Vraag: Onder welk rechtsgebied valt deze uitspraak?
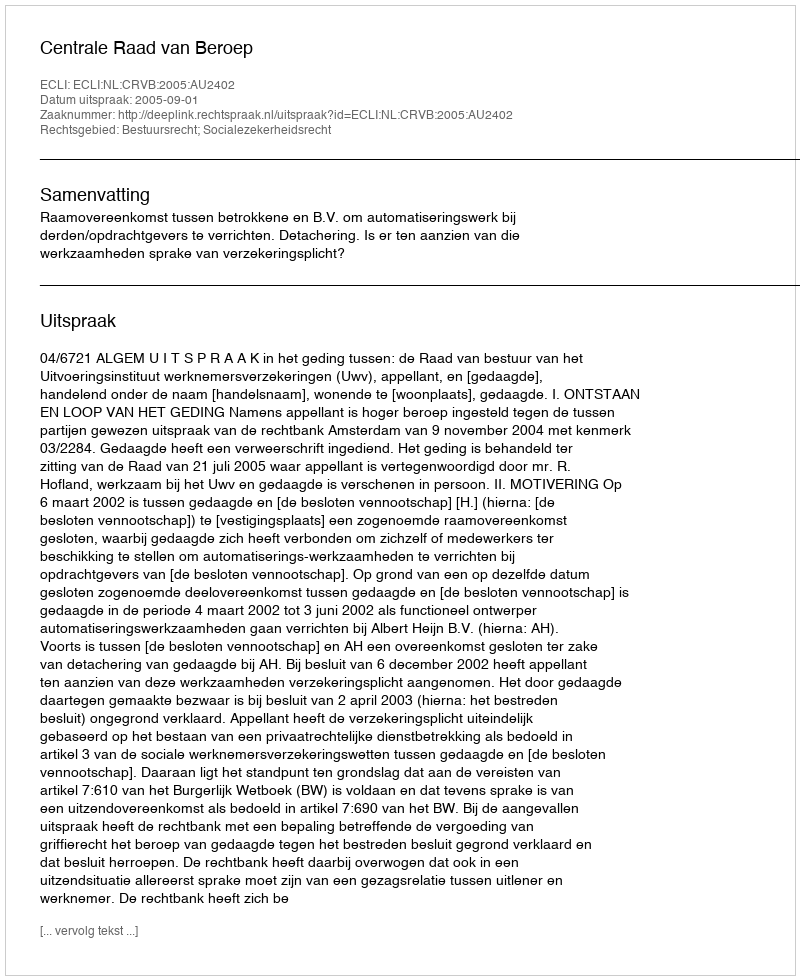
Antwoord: Bestuursrecht; Socialezekerheidsrecht